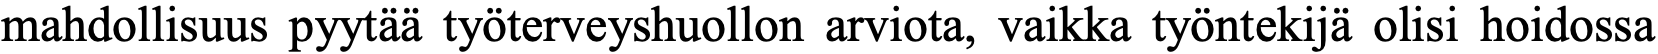
mahdollisuus pyytää työterveyshuollon arviota, vaikka työntekijä olisi hoidossa